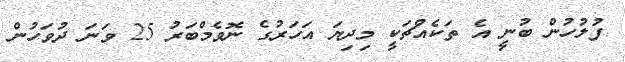
ފުލުހުން ބުނީ އެ ތަކެއްޗަކީ މިދިޔަ އަހަރުގެ ނޮވެމްބަރު 25 ވަނަ ދުވަހުން